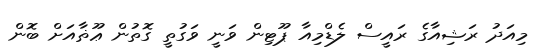
މިއަދު ރަޝިއާގެ ރައީސް ލެޑްމިއާ ޕޫޓިން ވަނީ ވަގުތީ ގޮތުން ޢޫޡާއަށް ބޮން